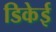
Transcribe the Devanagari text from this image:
डिकेई